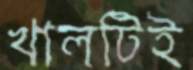
খালটিই